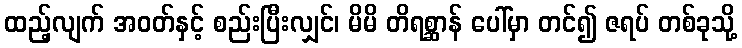
ထည့်လျက် အဝတ်နှင့် စည်းပြီးလျှင်၊ မိမိ တိရစ္ဆာန် ပေါ်မှာ တင်၍ ဇရပ် တစ်ခုသို့